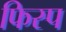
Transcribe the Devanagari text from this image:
फिस्प